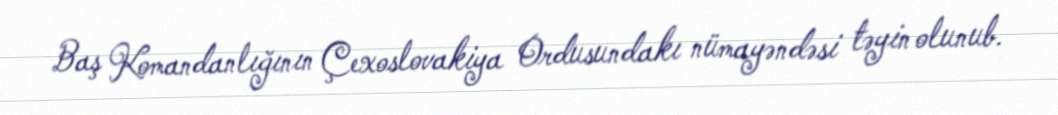
Baş Komandanlığının Çexoslovakiya Ordusundakı nümayəndəsi təyin olunub.